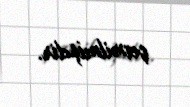
çevrilmişdir.